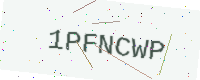
Text: 1PFNCWP